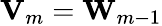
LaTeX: {\mathbf V}_{m}={\mathbf W}_{m-1}